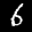
Label: 6